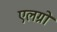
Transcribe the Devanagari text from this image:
एलग्रो